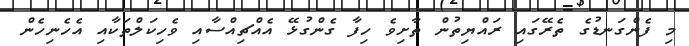
މި ފެންގަނޑުގެ ތެރޭގައި ރައްޔިތުން ތާށިވެ ހިފާ ގެންގުޅޭ އެއްޗިއްސާއި ވެހިކަލްތަކާއި އެހެނިހެން